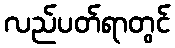
လည်ပတ်ရာတွင်